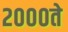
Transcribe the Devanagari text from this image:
२०००ते